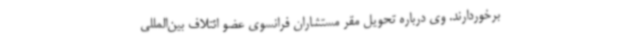
برخوردارند. وی درباره تحویل مقر مستشاران فرانسوی عضو ائتلاف بین‌المللی